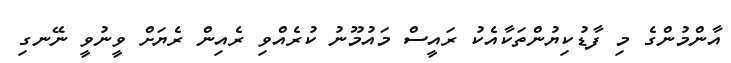
އާންމުންގެ މި ފާޑުކިޔުންތަކާއެކު ރައީސް މައުމޫނު ކުރެއްވި ރެއިން ރެޔަށް ވީނުވީ ނޭނގި